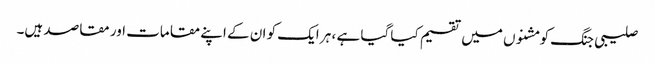
صلیبی جنگ کو مشنوں میں تقسیم کیا گیا ہے ، ہر ایک کو ان کے اپنے مقامات اور مقاصد ہیں۔